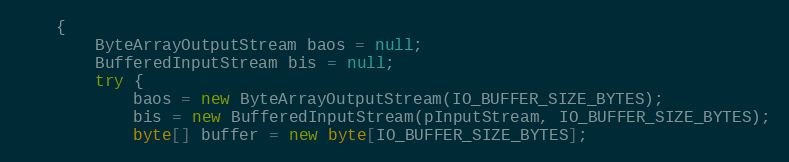
Language: Java
    {
        ByteArrayOutputStream baos = null;
        BufferedInputStream bis = null;
        try {
            baos = new ByteArrayOutputStream(IO_BUFFER_SIZE_BYTES);
            bis = new BufferedInputStream(pInputStream, IO_BUFFER_SIZE_BYTES);
            byte[] buffer = new byte[IO_BUFFER_SIZE_BYTES];